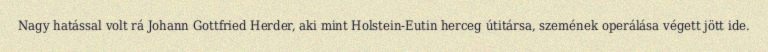
Nagy hatással volt rá Johann Gottfried Herder, aki mint Holstein-Eutin herceg útitársa, szemének operálása végett jött ide.